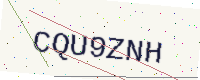
Text: CQU9ZNH